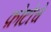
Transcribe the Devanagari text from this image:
फ़ोटोचे